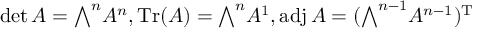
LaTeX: \operatorname* { d e t } A = { \textstyle \bigwedge } ^ { n } A ^ { n } , \operatorname { T r } ( A ) = { \textstyle \bigwedge } ^ { n } A ^ { 1 } , \operatorname { a d j } A = ( { \textstyle \bigwedge } ^ { n - 1 } A ^ { n - 1 } ) ^ { \mathrm { T } }